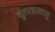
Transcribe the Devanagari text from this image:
वुत्पन्नत्वात्